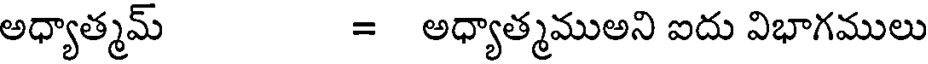
అధ్యాత్మమ్ = అధ్యాత్మముఅని ఐదు విభాగములు